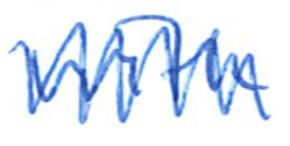
Text: with
Cross-out: zig-zag
Writing tool: ballpoint